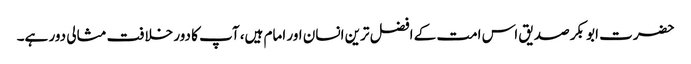
حضرت ابو بکر صدیق اس امت کے افضل ترین انسان اور امام ہیں، آپ کا دور خلافت مثالی دور ہے۔